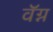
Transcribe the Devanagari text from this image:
वॅग्न